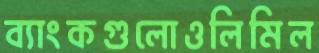
ব্যাংকগুলোওলিমিল